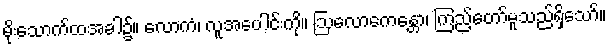
မိုးသောက်ထအခါ၌။ လောကံ၊ လူအပေါင်းကို။ ဩလောကေန္တော၊ ကြည့်တော်မူသည်ရှိသော်။